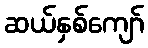
ဆယ်နှစ်ကျော်